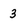
Character: 3